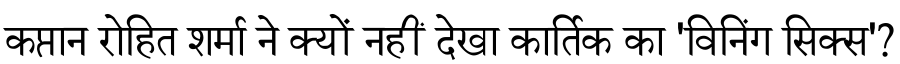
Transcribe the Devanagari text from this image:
कप्तान रोहित शर्मा ने क्यों नहीं देखा कार्तिक का 'विनिंग सिक्स'?